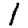
Digit: 1